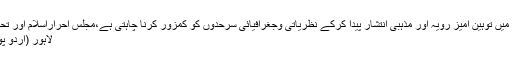
قادیانی جماعت ملک میں توہین آمیز رویہ اور مذہبی انتشار پیدا کرکے نظریاتی وجغرافیائی سرحدوں کو کمزور کرنا چاہتی ہے،مجلس احراراسلام اور تحریک تحفظ ختم نبوت
لاہور (اُردو پوائنٹ اخبارتازہ ترین۔